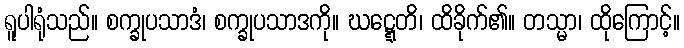
ရူပါရုံသည်။ စက္ခုပသာဒံ၊ စက္ခုပသာဒကို။ ဃဋ္ဋေတိ၊ ထိခိုက်၏။ တသ္မာ၊ ထိုကြောင့်။